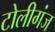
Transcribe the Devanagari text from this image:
टोलीगंज